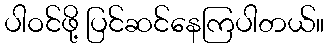
ပါဝင်ဖို့ ပြင်ဆင်နေကြပါတယ်။